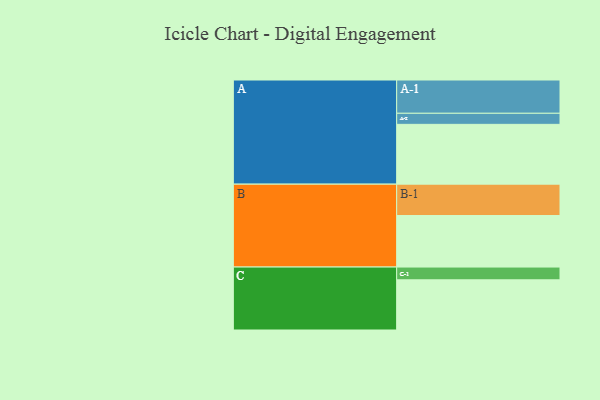
{"axis": {"x": "Segment", "y": "Value"}, "legend": ["", "A", "B", "C"], "data": [{"x": "A", "y": 534, "type": ""}, {"x": "B", "y": 460, "type": ""}, {"x": "C", "y": 448, "type": ""}, {"x": "A-1", "y": 297, "type": "A"}, {"x": "A-2", "y": 99, "type": "A"}, {"x": "B-1", "y": 280, "type": "B"}, {"x": "C-1", "y": 114, "type": "C"}]}